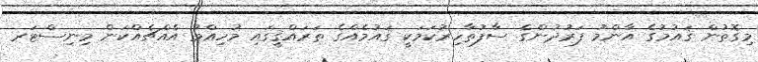
މިގޮތުން ޤައުމުގެ އާންމު ފަރުދުންގެ ސާފުތާހިރުކަމަކީ ޤައުމެއްގެ ތަރައްޤީގައި މުހިއްމު އެއްޗެއްކަން މިނިސްޓަރ